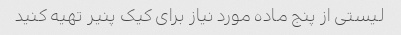
لیستی از پنج ماده مورد نیاز برای کیک پنیر تهیه کنید